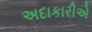
અદાકારીએ